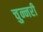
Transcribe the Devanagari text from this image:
चुन्नरी